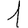
Digit: 1